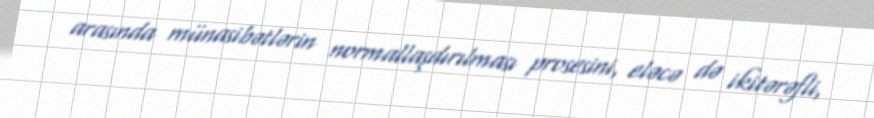
arasında münasibətlərin normallaşdırılması prosesini, eləcə də ikitərəfli,